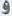
و